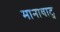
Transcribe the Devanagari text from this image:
मानावाटु